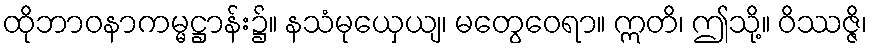
ထိုဘာဝနာကမ္မဋ္ဌာန်း၌။ နသံမုယှေယျ၊ မတွေဝေရာ။ ဣတိ၊ ဤသို့။ ဝိဿဇ္ဇိ၊